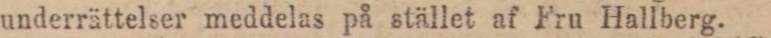
underrättelser meddelas på stället af Fru Hallberg.